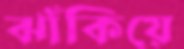
ঝাঁকিয়ে